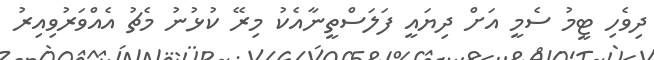
ދިވެހި ޓީމު ސެމީ އަށް ދިޔައީ ފަލަސްތީނާއެކު މިރޭ ކުޅުނު މެޗު އެއްވަރުވިއިރު